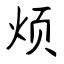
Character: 烦